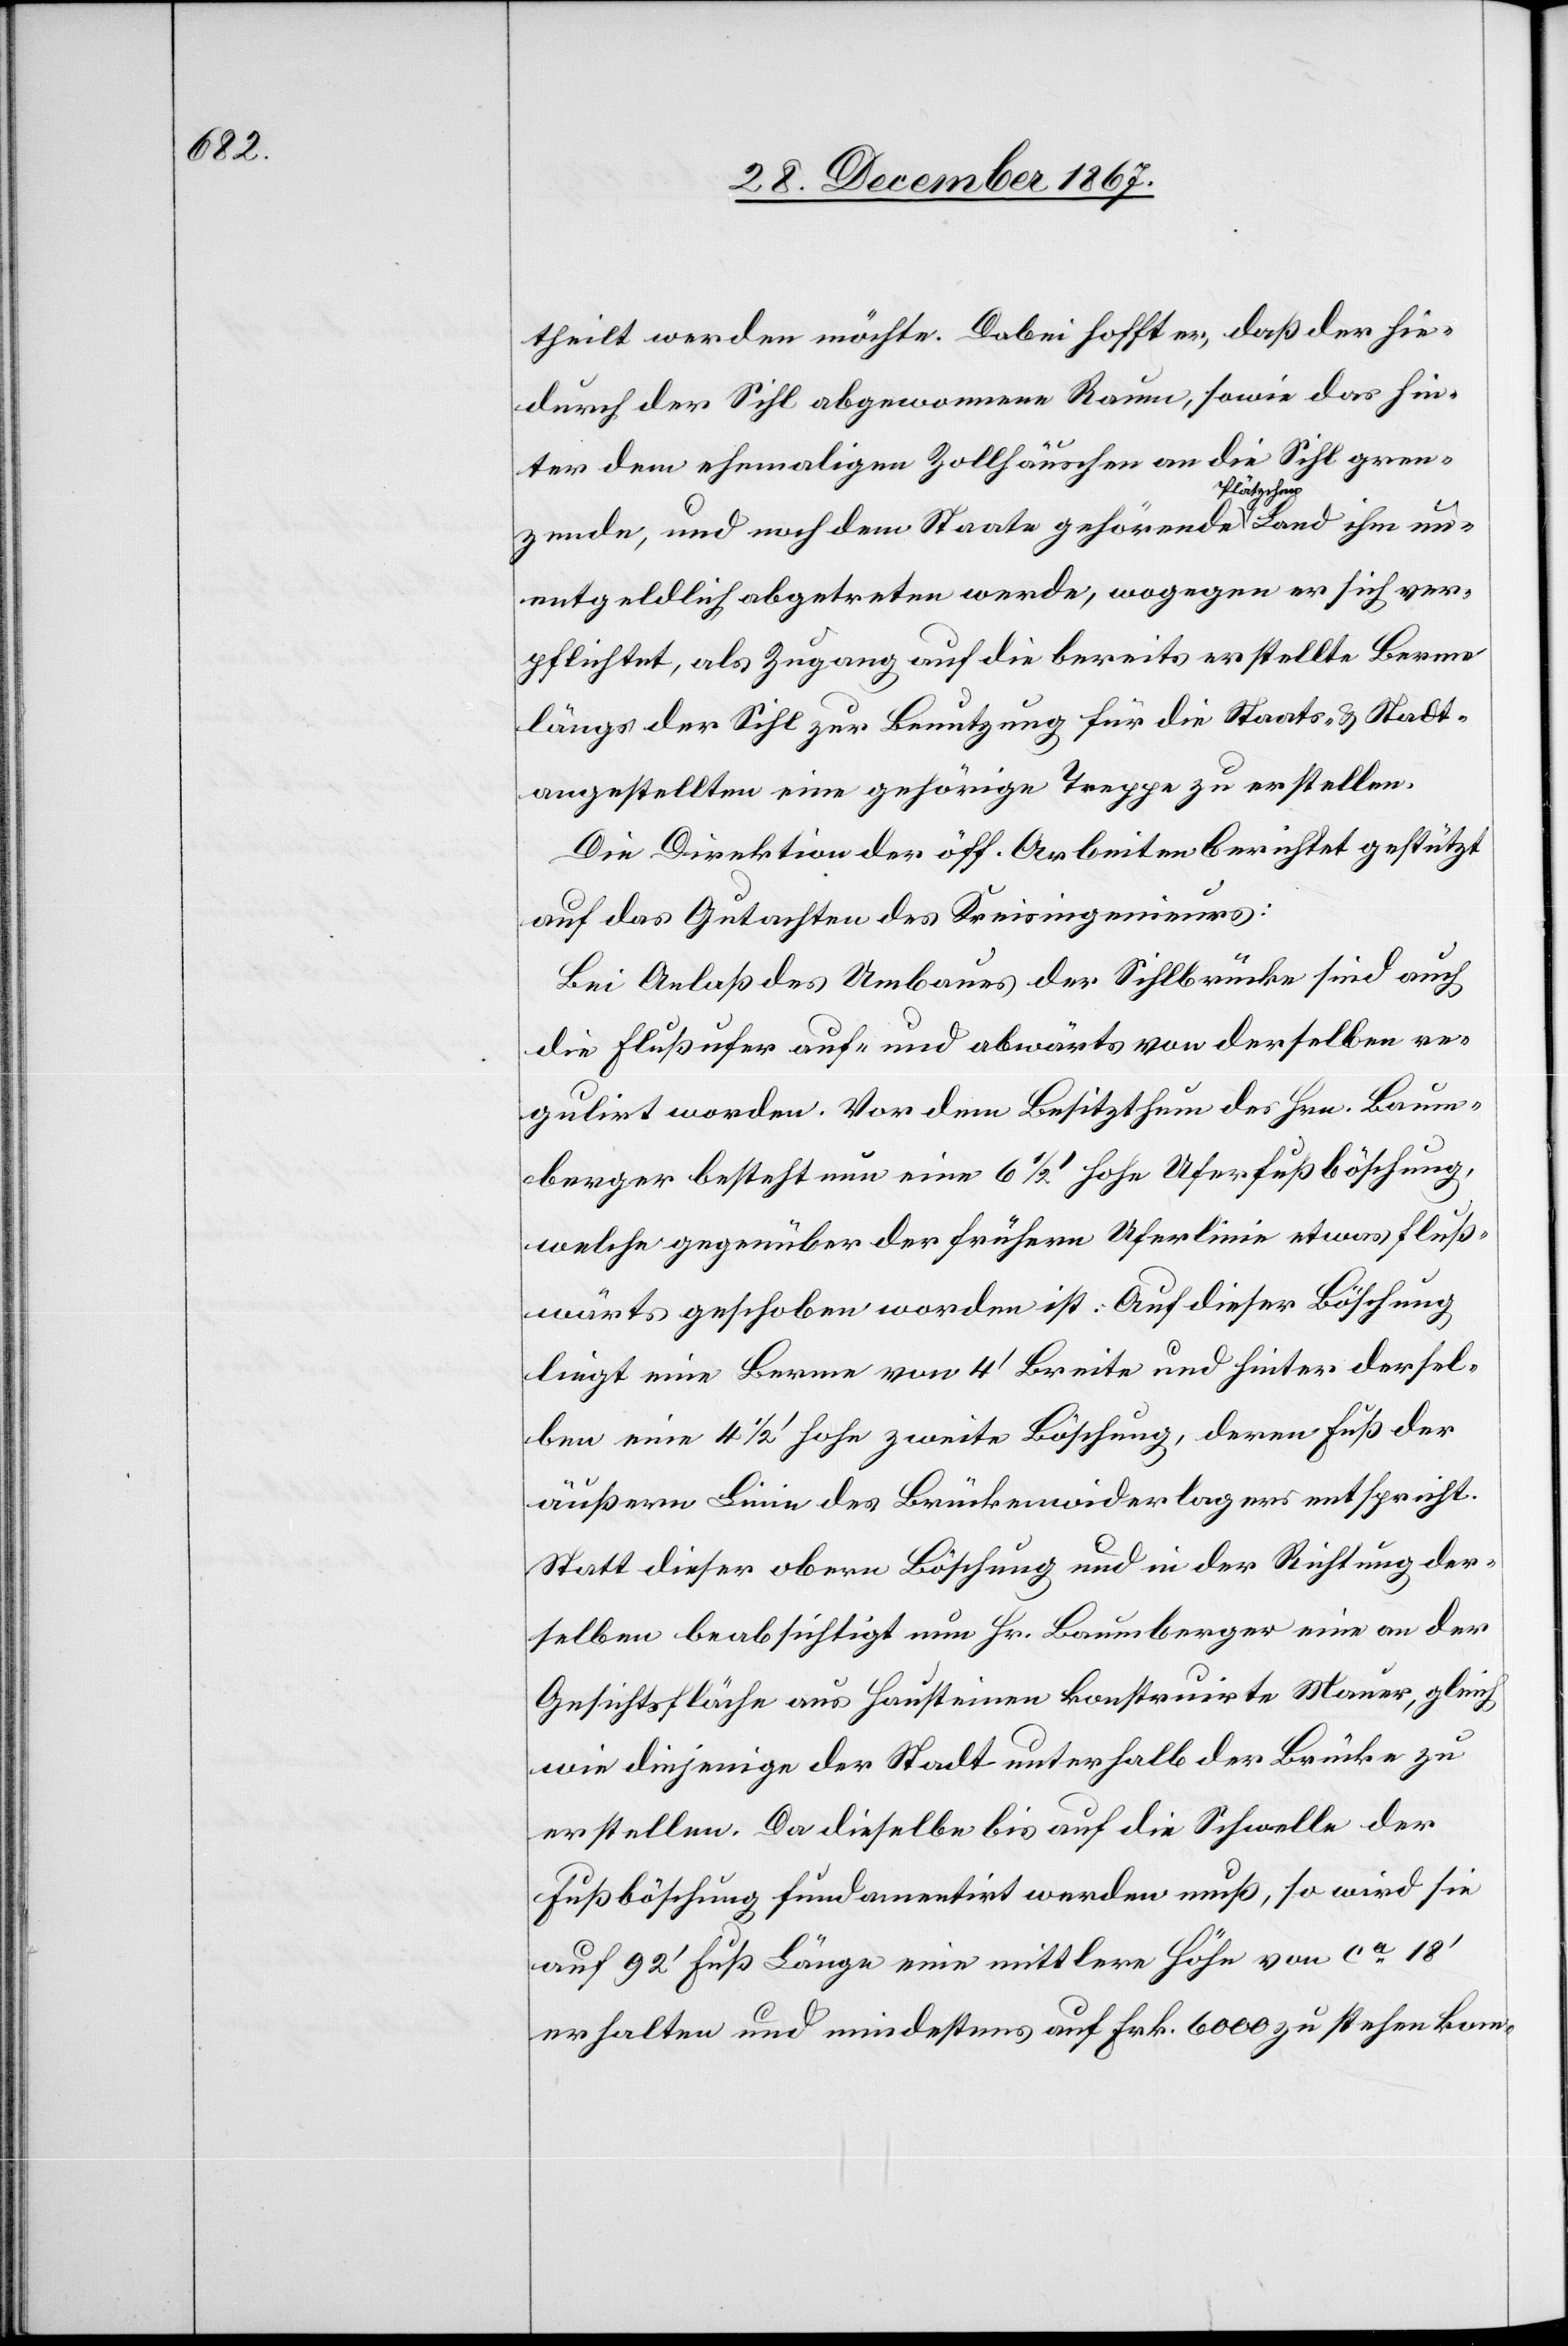
theilt werden möchte. Dabei hofft er, daß der hie¬
durch der Sihl abgenommene Raum, sowie das hin¬
ter dem ehemaligen Zollhäuschen an die Sihl gren¬
zende, und noch dem Staate gehörende Plätzchen Land
unentgeldlich abgetreten werde, wogegen er sich ver¬
pflichtet, als Zugang auf die bereits erstellte Berme
längs der Sihl zur Benutzung für die Staats- u. Stadt¬
angestellten eine gehörige Treppe zu erstellen.
Die Direktion der öff. Arbeiten berichtet gestützt
auf das Gutachten des Kreisingenieurs:
Bei Anlaß des Umbaues der Sihlbrücke sind auch
die Flußufer auf- und abwärts von derselben re¬
gulirt worden. Vor dem Besitzthum des Hrn. Baum¬
berger besteht nun eine 6 1/2‘ hohe Uferfußböschung,
welche gegenüber der frühern Uferlinie etwas fluß¬
wärts geschoben worden ist: Auf dieser Böschung
liegt eine Berme von 4‘ Breite und hinter dersel¬
ben eine 4 1/2‘ hohe zweite Böschung, deren Fuß der
äußern Linie des Brückenwiederlagers entspricht.
Statt dieser obern Böschung und in der Richtung der¬
selben beabsichtigt nun Hr. Baumberger eine an der
Gesichtsfläche aus Hausteinen konstruirte Mauer, gleich
wie diejenige der Stadt unterhalb der Brücke zu
erstellen. Da dieselbe bis auf die Schwelle der
Flußböschung fundamentirt werden muß, so wird sie
auf 92‘ Fuß Länge eine mittlere Höhe von ca 18‘
erhalten und mindestens auf Frk. 6000 zu stehen kom-